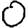
Digit: 0